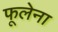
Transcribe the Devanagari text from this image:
फूलेना